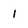
Character: 1